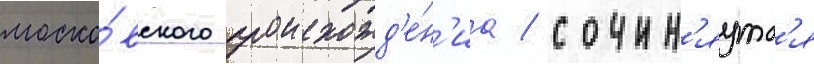
моско́вского происхожд'е́н'иа / сочин'яутс'я